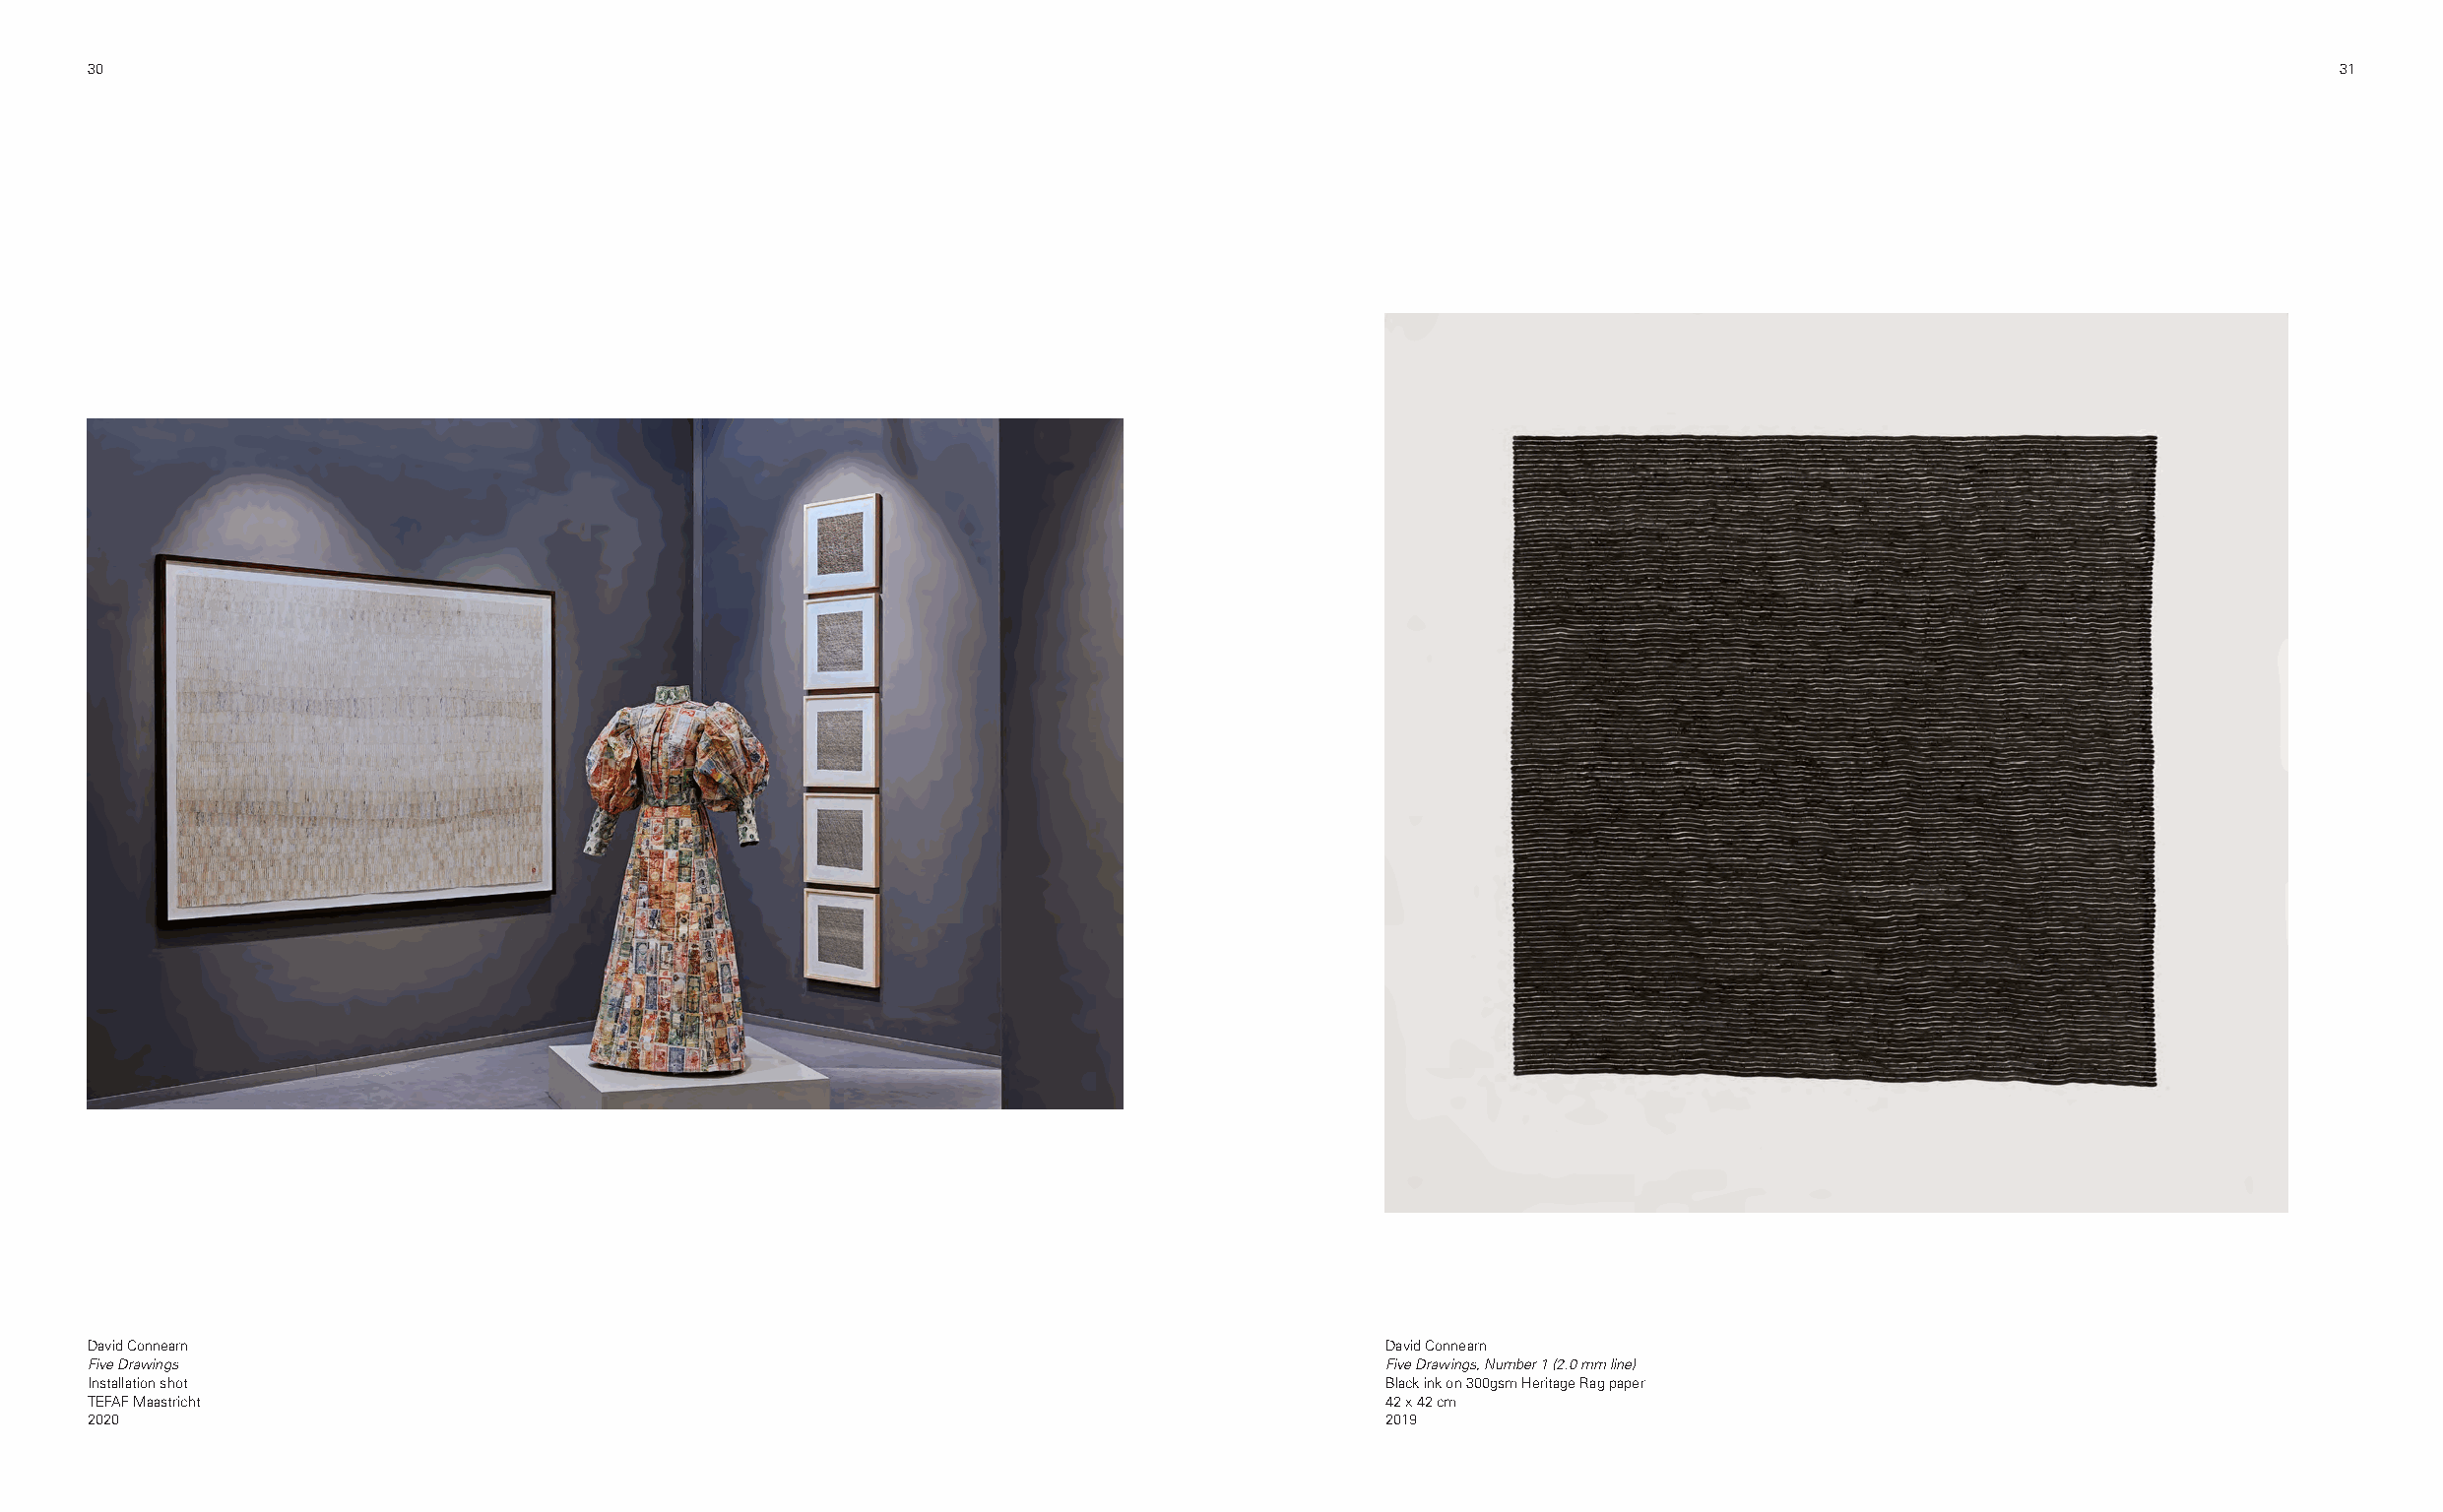
30                                                                                                                                                     31
 David Connearn                                                                         David Connearn
 Five Drawings                                                                          Five Drawings, Number 1 (2.0 mm line)
 Installation shot                                                                      Black ink on 300gsm Heritage Rag paper
 TEFAF Maastricht                                                                       42 x 42 cm
 2020                                                                                   2019